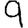
Digit: 9